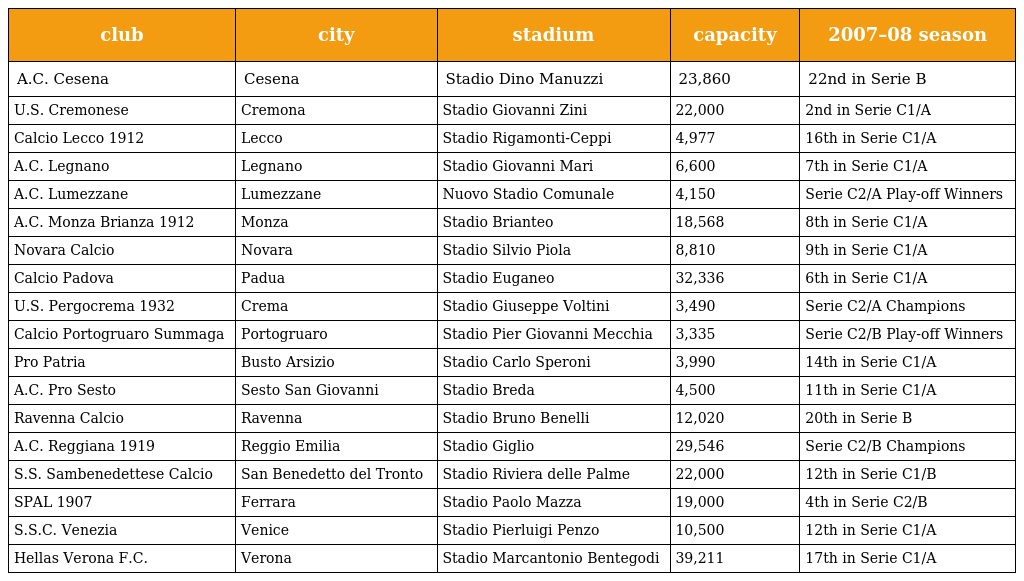
| club | city | stadium | capacity | 2007–08 season |
 | --- | --- | --- | --- | --- |
 | A.C. Cesena | Cesena | Stadio Dino Manuzzi | 23,860 | 22nd in Serie B |
 | U.S. Cremonese | Cremona | Stadio Giovanni Zini | 22,000 | 2nd in Serie C1/A |
 | Calcio Lecco 1912 | Lecco | Stadio Rigamonti-Ceppi | 4,977 | 16th in Serie C1/A |
 | A.C. Legnano | Legnano | Stadio Giovanni Mari | 6,600 | 7th in Serie C1/A |
 | A.C. Lumezzane | Lumezzane | Nuovo Stadio Comunale | 4,150 | Serie C2/A Play-off Winners |
 | A.C. Monza Brianza 1912 | Monza | Stadio Brianteo | 18,568 | 8th in Serie C1/A |
 | Novara Calcio | Novara | Stadio Silvio Piola | 8,810 | 9th in Serie C1/A |
 | Calcio Padova | Padua | Stadio Euganeo | 32,336 | 6th in Serie C1/A |
 | U.S. Pergocrema 1932 | Crema | Stadio Giuseppe Voltini | 3,490 | Serie C2/A Champions |
 | Calcio Portogruaro Summaga | Portogruaro | Stadio Pier Giovanni Mecchia | 3,335 | Serie C2/B Play-off Winners |
 | Pro Patria | Busto Arsizio | Stadio Carlo Speroni | 3,990 | 14th in Serie C1/A |
 | A.C. Pro Sesto | Sesto San Giovanni | Stadio Breda | 4,500 | 11th in Serie C1/A |
 | Ravenna Calcio | Ravenna | Stadio Bruno Benelli | 12,020 | 20th in Serie B |
 | A.C. Reggiana 1919 | Reggio Emilia | Stadio Giglio | 29,546 | Serie C2/B Champions |
 | S.S. Sambenedettese Calcio | San Benedetto del Tronto | Stadio Riviera delle Palme | 22,000 | 12th in Serie C1/B |
 | SPAL 1907 | Ferrara | Stadio Paolo Mazza | 19,000 | 4th in Serie C2/B |
 | S.S.C. Venezia | Venice | Stadio Pierluigi Penzo | 10,500 | 12th in Serie C1/A |
 | Hellas Verona F.C. | Verona | Stadio Marcantonio Bentegodi | 39,211 | 17th in Serie C1/A |